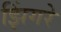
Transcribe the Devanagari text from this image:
झिंगरे